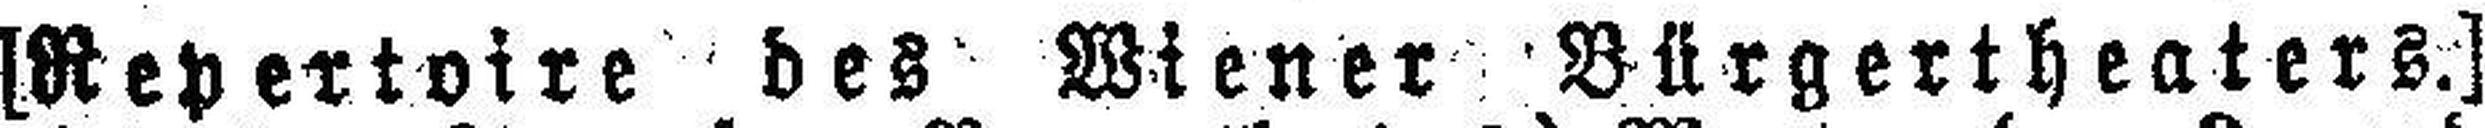
[Repertoire des Wiener Bürgertheaters.]